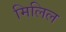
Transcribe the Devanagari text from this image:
मिलिल